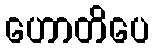
ဟောတိပေ